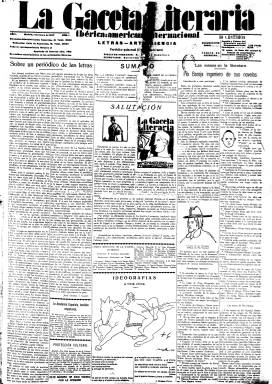
Título: La Gaceta literaria (Madrid. 1927)
Colección: Cultura || Periódicos
Ámbito geográfico: Madrid
Lugar de publicación: Madrid
Fechas: 01/01/1927-01/12/1931

Destacada publicación que forma parte del núcleo de las que se publicaron en torno a la fecunda generación del 27 (integrada por los escritores y artistas nacidos en torno a 1891 y 1905), y que quedará marcada por la orientación intelectual, ideológica y política a la que le condujo al final de su existencia su principal fundador y director, el escritor surrealista que se convertiría en uno de los primeros intelectuales que abrazaron el fascismo: Ernesto Giménez Caballero (1899-1988). Aparece el uno de enero de 1927, en plena dictadura primoriverista, aglutinando en torno a ella a los mejores escritores de las distintas tendencias ideológicas y convocando importantes colaboraciones europeas, especialmente portuguesas, así como de América latina. Su subtítulo -“ibérica-americana-internacional: letras, arte, ciencia”- resume su naturaleza panhispánica, internacional y cultural. Según, Gómez Aparicio, actuó como portavoz y aglutinadora de aquella generación de las vanguardias literarias y artísticas, que quiso empalmar con la precedente –la del 15-, representada por la revista España (1915-1924), que fundara José Ortega y Gasset (1883-1955). En todo caso, “acogió y potenció el espíritu de modernidad germinado en los años inmediatamente anteriores”, según las propias palabras del que fue su cofundador y primer secretario de redacción: Guillermo de Torre (1900-1971).

Precisamente, se ha dicho que Ortega la apadrinó con el artículo que escribió en su primer número –no volvió a firmar ningún otro-, titulado “Sobre un periódico de las letras”. Será su formato y composición de periódico y su impresión en papel prensa, a lo que se añadía su frecuencia quincenal (salía los días uno y quince de cada mes), otra de las características fundamentales de esta publicación. Se trata pues del único periódico de entre las llamadas revistas de la edad de oro de la prensa literaria, como Litoral (1926-1929), Mediodía (1926-1929) o, incluso, Verso y prosa (1927-1928), entre otras. De ahí que la información y otros textos que publica estén afectados en gran medida por la inmediatez de la actualidad. A ello se añade su también carácter polémico en torno a cuestiones artísticas, estéticas, intelectuales o literarias, como podía ser el de las distintas lenguas románicas que se hablan en España o el de las diversas literaturas y centros culturales del país, pues resalta también la publicación en sus páginas de textos originales en lengua catalana y gallega, además de la portuguesa e italiana, llegando sólo a hacer mención de la vasca. Añade Gómez Aparicio que alcanzó un considerable éxito, con tiradas de 10.000 ejemplares, nada frecuente en las revistas literarias y minoritarias, y se benefició de su bajo coste de impresión al salir de la imprenta familiar de Giménez Caballero.

En entregas de ocho páginas de gran formato y a cinco columnas, este “periódico literario” por antonomasia en la historia del periodismo español tuvo una copiosa nómina de firmas y una gran variedad de secciones. Junto a las escuetas noticias e informaciones de actualidad cultural, da cabida a la crítica literaria, teatral y artística, a breves ensayos de historia de la literatura, a comentarios y columnas sobre la labor de escritores y artistas y la actividad editorial,  a artículos de filosofía, de ciencia, arquitectura, pintura, cine, arquitectura, música y sobre la vida universitaria, a textos de conferencias, a reseñas de conciertos y exposiciones, a recensiones librescas y novedades literarias, así como a entrevistas, encuestas, etc., a lo que añadía textos de creación poéticos y narrativos. Llevaba también un gran número de inserciones publicitarias, todas ellas referidas a la producción editorial.

Entre los primeros redactores y colaboradores, además de los ya citados Giménez Caballero y Guillermo de Torre, estuvieron Ramón Gómez de la Serna, Antonio Marichalar, José Moreno Villa, José Bergamín, Antonio Espina, Melchor Fernández Almagro, Benjamín Jarnés, Fernando García Vela, Joaquín Garrigues, Francisco Guillén Salaya o César Muñoz Arconada. Se irán incorporando Salvador Dalí, Rafael Sánchez Mazas, Federico García Lorca, Ramiro Ledesma Ramos, Gerardo Diego, Dámaso Alonso, Rafael Alberti, Pedro Salinas, Vicente Aleixandre, Juan Aparicio López, Jorge Guillén, Luis Buñuel, Eugenio Montes o Adriano del Valle. Otras firmas serán las de Cayetano Alcázar, Jean Cassou, Sebastián Gasch, Rosa Chacel, F.F. Marinetti, Edgar Neville, Karl Vossler, Miguel Pérez Ferrrero, E. Steinhof, José María de Sucre, Luis González-Alonso, Felipe Ximénez de Sandoval, Guillermo Díaz Plaja, Rafael Marquina, Aurelio Pego, Ángel Valbuena, Agustín Espinosa, Enrique Díez-Canedo, Teófilo Ortega, L. Gómez Mesa, Carmen de Burgos (Colombine), Miguel Gimeno Castellar, Eugenio Domingo, Jorge Rubio González, Jaime Torres Bodat, Francisco Ayala, Manuel de Montoliu o Juan Andrade. Incorporó la información gráfica, con fotografías de retratos e instantánea, así como de dibujos y caricaturas, de escritores y artistas, y reproducciones artísticas. Entre las firmas de sus ilustradores aparecen las de García Maroto, Vázquez Díaz, Bagaría, Bartolozzi, Manuel Barradas y Francisco Bores.

Entre sus secciones, resaltan la dedicada al pionero Cine Club, que creó la propia publicación, y la Gaceta sefardí. Julián Zugazagoitia –futuro director de El socialista- tuvo una sección sobre obrerismo y literatura. Otras secciones fueron Verano de los escritores, Transeúntes literarios o Fiesta del libro. Al comenzar 1929, Arconada asume la jefatura de Redacción y creará una serie de secciones: Gaceta catalana, dirigida por Tomás Garcés y Juan Chabás, desde Barcelona; Gaceta portuguesa, por Antonio Ferro y Ferreira de Castro, desde Lisboa; Gaceta americana, por Guillermo de Torre (que había cesado como secretario de redacción en agosto e 1927 al marcharse a Buenos Aires) y Benjamín Jarnés, desde Madrid; Gaceta de Arte, por Antonio Espina, desde Madrid, y Sebastiá Gach, desde Barcelona; la bibliográfica, redactada por Guillén Salaya; la universitaria, por M. Pérez Ferrero; la internacional, por José Francisco Pastor, desde Estrasburgo; y la de filosofía y ciencia, por Ledesma Ramos. También tuvo la sección Gaceta de Pombo, referida a la tertulia reunida en este famoso café literario, y anuncia otra de política y diplomática, referida a informaciones sociales y jurídicas, en la que participaría como colaborador Fernández Almagro. Las reseñas de libros las redactarían Francisco Ayala, Enrique Lafuente, E. Salazar y Chapela, Valdevellano, Obregón, Chorot y Aparicio López. Otra sección bajo el epígrafe Lo que lee España rural, estaría dirigida por Antonio Ballesteros, desde Segovia. Otras secciones fueron Postales ibéricas, Postales americanas y Postales internacionales, ofreciendo en la primera citada las informaciones de actualidad literaria, artística y cultural de las regiones y provincias españolas.

La publicación no fue nunca ajena a la política y en su número de 15 de febrero de 1929, Giménez Caballero publicará “Carta a un compañero de la joven España”, un texto influenciado por el fascismo italiano y del que el propio autor dirá después que había representado el primer manifiesto ideológico de lo que después será conocido como nacional-sindicalismo. Este artículo provocará la separación de un numeroso grupo de sus colaboradores. Por problemas económicos, la propiedad de la publicación pasará en septiembre de ese mismo año a la editorial C.I.A.P., que a partir de enero de 1930 nombrará codirector de la misma a Pedro Sáinz Rodríguez (1897-1986), al mismo tiempo que su formato se reducirá, reduciendo también su composición a cuatro columnas.

El 119 es el último número de la colección de la Biblioteca Nacional de España, correspondiente al uno de diciembre de 1931. La publicación estaría publicándose hasta el uno de mayo de 1932. Sin embargo, tras la proclamación de la II República Española, en concreto, desde agosto, sus últimos números se les conocen también como El Robinson Literario de España, con numeración propia además de la secuencia de la propia Gaceta…, y redactados íntegramente por Giménez Caballero, que contó sólo con el hálito de Ramiro Ledesma y Aparicio López, con los que converge en Falange Española. La gaceta literaria será una de las publicaciones que dejarán una más perdurable huella en la tormentosa transición de la Dictadura primoriverista a la II República española y a la guerra civil, según Gómez Aparicio. Es un documento fundamental para seguir la evolución, no sólo de la estética de la creación literaria y artística de aquélla generación, sino la de los conflictos ideológicos y éticos a ella ligados, en consideración de Seoane y Saiz; y es un pozo sin fondo de información sobre el entorno cultural de su época, tal como señala César Antonio Molina. Existe una abundante bibliografía en torno suyo. Indicamos aquí el facsímil que la editorial alemana Topos Verlag publicó en 1980 y su índice analítico elaborado y publicado por Hildegard Collins en 1975. Resaltamos también la Exposición del Libro Catalán que la propia revista organizó y se llevó a cabo en la sede la Biblioteca Nacional de España.

Faltan los siguientes números en la colección original:
1929: n. 60 (15 jun.), 71 (1 dic.)
1931: n. 100 (1 marzo), 103 (1 abr.)-105 (1 mayo), 109 (1 jul.), 112 (15 ag.)

Falta digitalizar los números 81 (1 mayo) y 93 (1 nov. 1930)

[Descripción modificada el 25/11/2022]